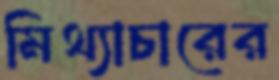
মিথ্যাচারের